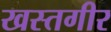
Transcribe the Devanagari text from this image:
खस्तगीर